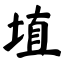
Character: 埴